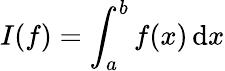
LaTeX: I(f)=\int_{a}^{b}f(x)\, \mathrm{d}x